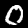
Digit: 0